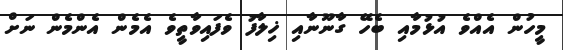
މީހުން އެއްވެ އުޅުމާއި ބެހޭ ގާނޫނާއި ޚިލާފު ވެފައިވާތީވެ އެމެން އެންމެން ނަށް